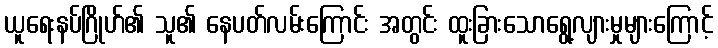
ယူရေးနပ်ဂြိုဟ်၏ သူ၏ နေပတ်လမ်းကြောင်း အတွင်း ထူးခြားသောရွေ့လျားမှုများကြောင့်